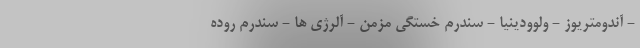
- آندومتریوز - ولوودینیا - سندرم خستگی مزمن - آلرژی ها - سندرم روده